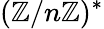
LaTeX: (\mathbb{Z}/n\mathbb{Z})^{*}